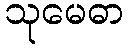
သုမေဓာ